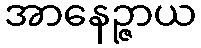
အာနေဉ္ဇာယ